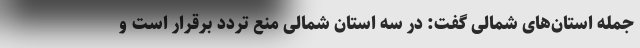
جمله استان‌های شمالی گفت: در سه استان شمالی منع تردد برقرار است و